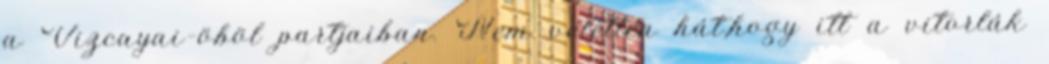
a Vizcayai–öböl partjaiban. Nem véletlen hát,hogy itt a vitorlák